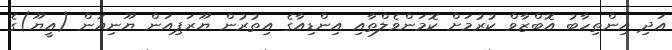
އަދި އިންތިހާބު އޮބްޒާވް ކުރުމަށް ކޮމަންވެލްތާއި އިންޑިއާގެ އިތުރުން ޔޫރަޕިއަން ޔޫނިއަން (އީޔޫ)ގެ